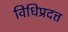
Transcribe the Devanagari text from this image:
विधिप्रदत्त